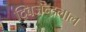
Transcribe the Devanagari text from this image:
द्बिजेन्द्रलाल